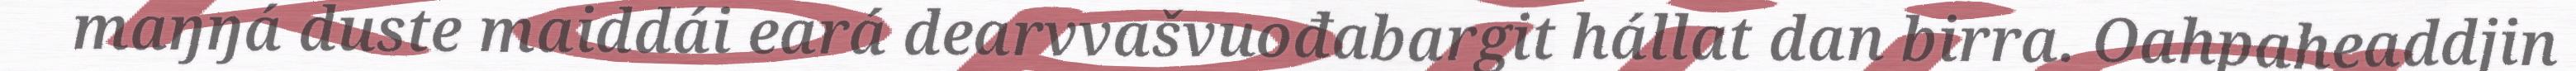
maŋŋá duste maiddái eará dearvvašvuođabargit hállat dan birra. Oahpaheaddjin